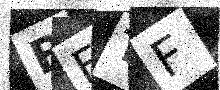
Text: BFTF